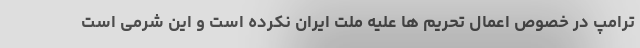
ترامپ در خصوص اعمال تحریم ها علیه ملت ایران نکرده است و این شرمی است